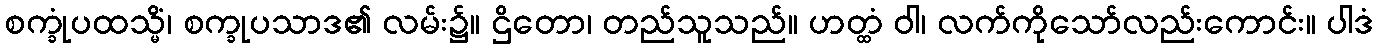
စက္ခုံပထသ္မိံ၊ စက္ခုပသာဒ၏ လမ်း၌။ ဌိတော၊ တည်သူသည်။ ဟတ္ထံ ဝါ၊ လက်ကိုသော်လည်းကောင်း။ ပါဒံ